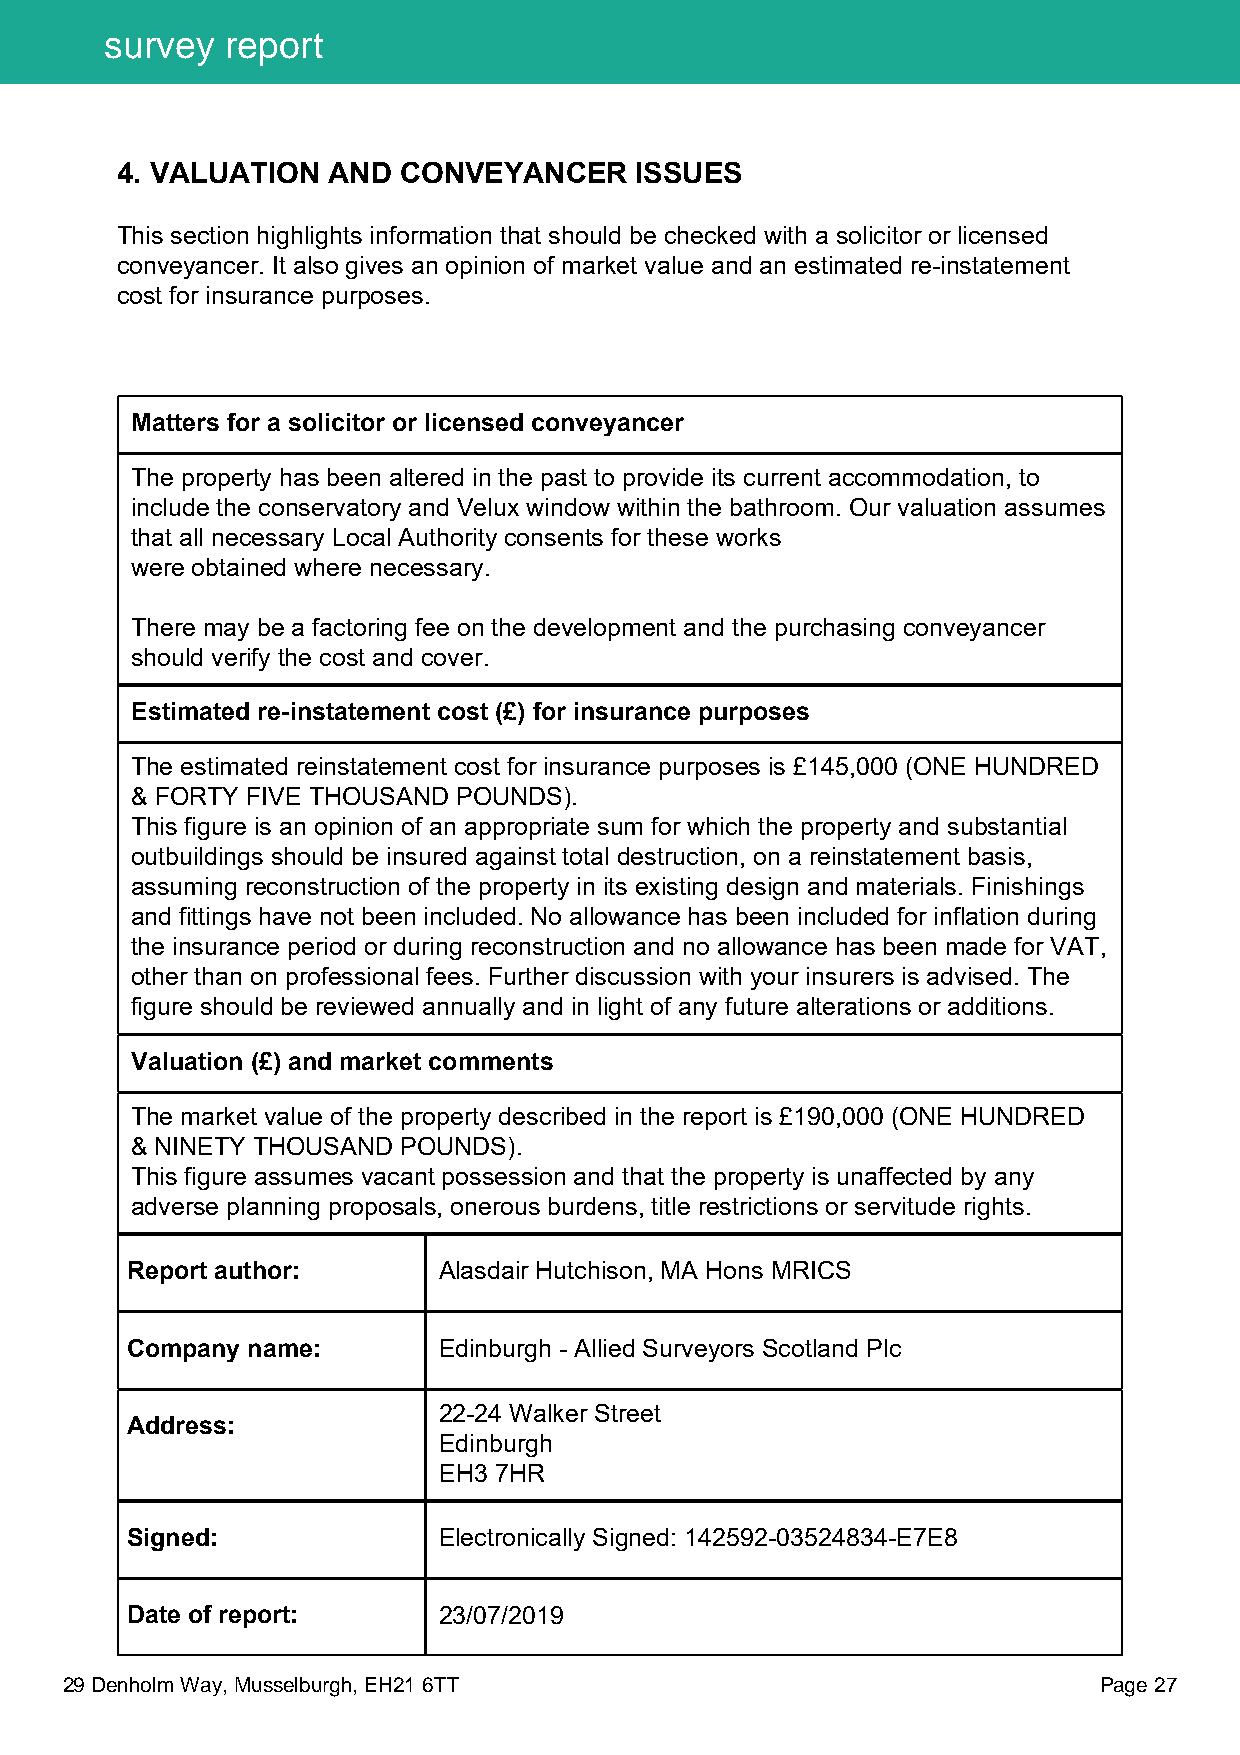
survey  report
 4. VALUATION  AND CONVEYANCER     ISSUES
 This section highlights information that should be checked with a solicitor or licensed
 conveyancer. It also gives an opinion of market value and an estimated re-instatement
 cost for insurance purposes.
 Matters for a solicitor or licensed conveyancer
 The property has been altered in the past to provide its current accommodation, to
 include the conservatory and Velux window within the bathroom. Our valuation assumes
 that all necessary Local Authority consents for these works
 were obtained where necessary.
 There may be a factoring fee on the development and the purchasing conveyancer
 should verify the cost and cover.
 Estimated re-instatement cost (£) for insurance purposes
 The estimated reinstatement cost for insurance purposes is £145,000 (ONE HUNDRED
 & FORTY FIVE THOUSAND POUNDS).
 This figure is an opinion of an appropriate sum for which the property and substantial
 outbuildings should be insured against total destruction, on a reinstatement basis,
 assuming reconstruction of the property in its existing design and materials. Finishings
 and fittings have not been included. No allowance has been included for inflation during
 the insurance period or during reconstruction and no allowance has been made for VAT,
 other than on professional fees. Further discussion with your insurers is advised. The
 figure should be reviewed annually and in light of any future alterations or additions.
 Valuation (£) and market comments
 The market value of the property described in the report is £190,000 (ONE HUNDRED
 & NINETY THOUSAND POUNDS).
 This figure assumes vacant possession and that the property is unaffected by any
 adverse planning proposals, onerous burdens, title restrictions or servitude rights.
 Report author:       Alasdair Hutchison, MA Hons MRICS
 Company name:        Edinburgh - Allied Surveyors Scotland Plc
 22-24 Walker Street
 Address:
 Edinburgh
 EH3 7HR
 Signed:              Electronically Signed: 142592-03524834-E7E8
 Date of report:      23/07/2019
 29 Denholm Way, Musselburgh, EH21 6TT                                Page 27